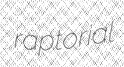
raptorial